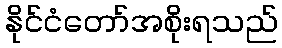
နိုင်ငံတော်အစိုးရသည်